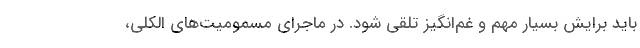
باید برایش بسیار مهم و غم‌انگیز تلقی شود. در ماجرای مسمومیت‌های الکلی،